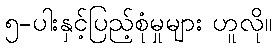
၅-ပါးနှင့်ပြည့်စုံမှုများ ဟူလို။